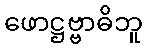
ဖောဋ္ဌဗ္ဗာဓိဘူ